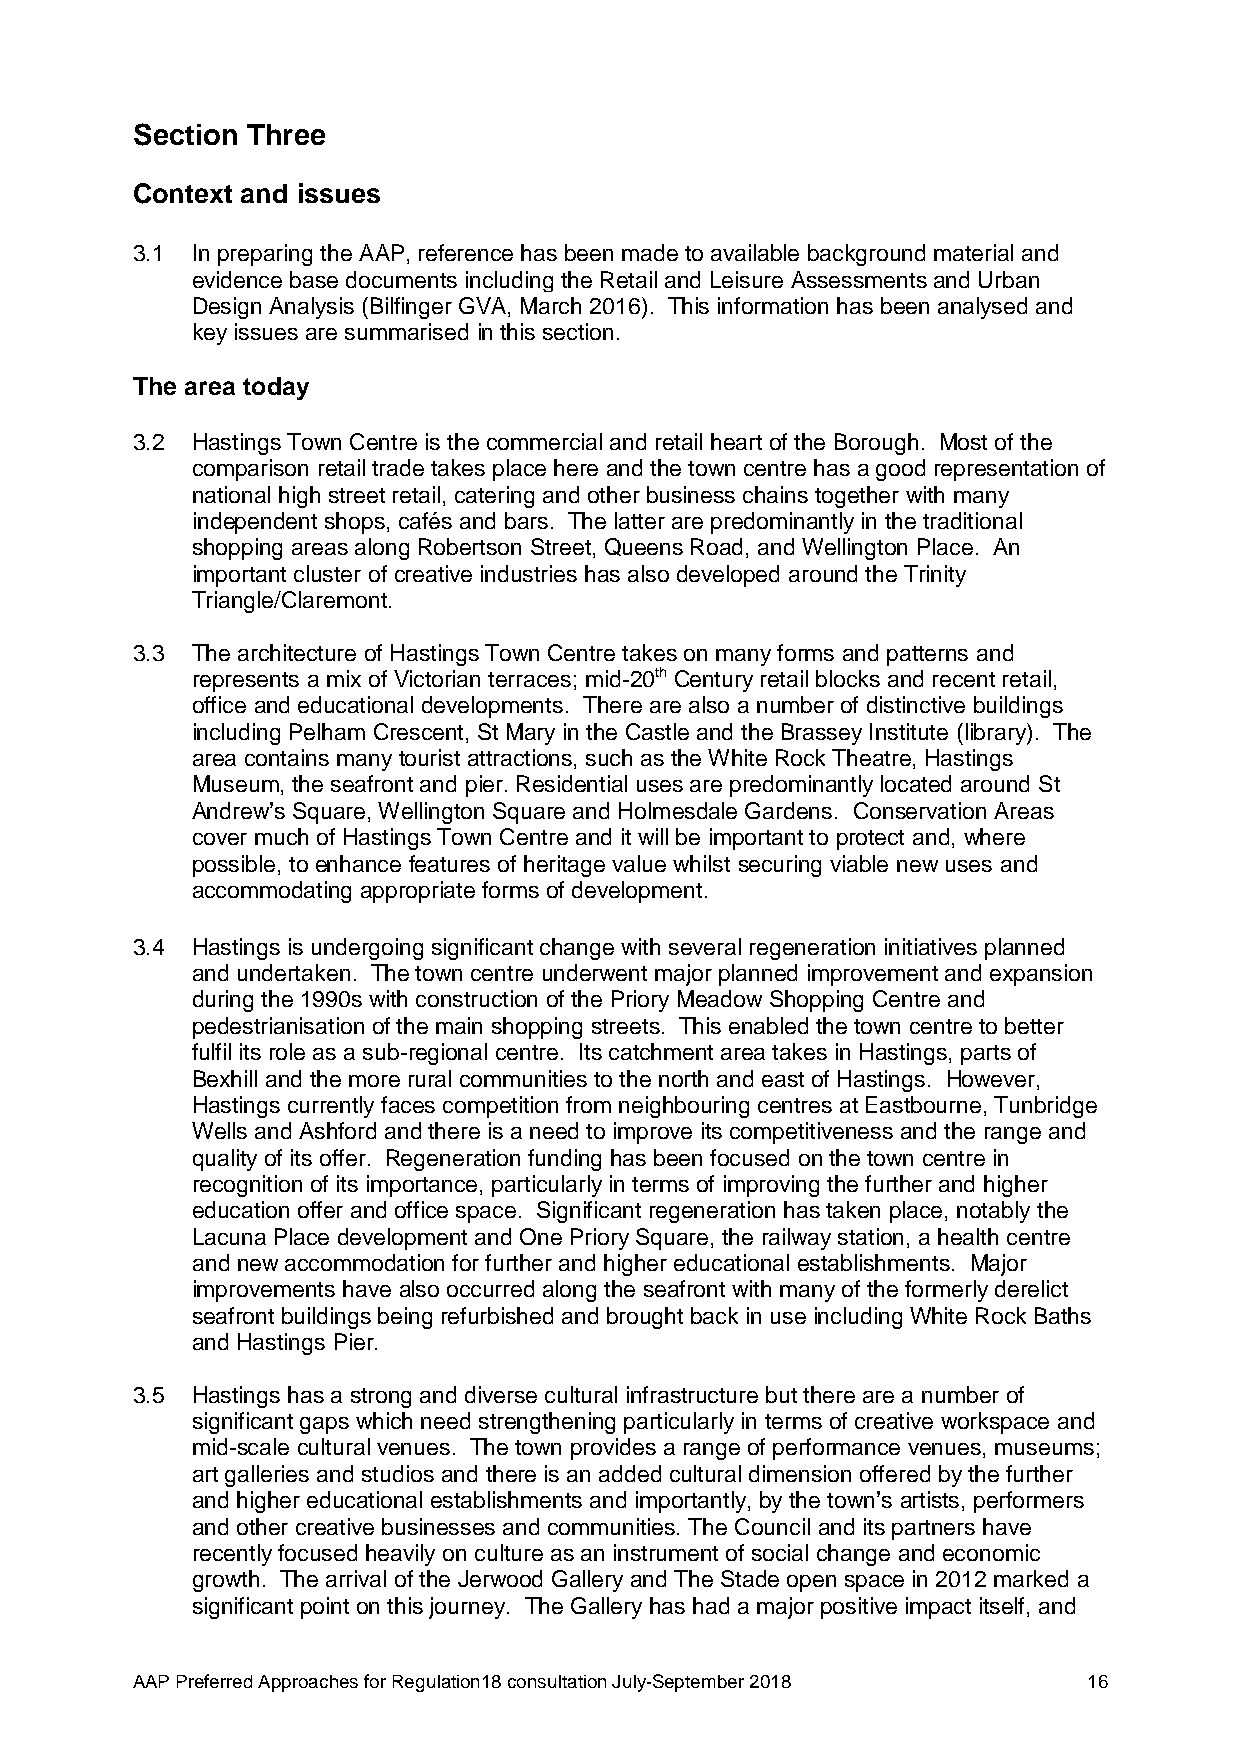
Section Three
 Context and issues
 3.1 In preparing the AAP, reference has been made to available background material and
 evidence base documents including the Retail and Leisure Assessments and Urban
 Design Analysis (Bilfinger GVA, March 2016). This information has been analysed and
 key issues are summarised in this section.
 The area today
 3.2 Hastings Town Centre is the commercial and retail heart of the Borough. Most of the
 comparison retail trade takes place here and the town centre has a good representation of
 national high street retail, catering and other business chains together with many
 independent shops, cafés and bars. The latter are predominantly in the traditional
 shopping areas along Robertson Street, Queens Road, and Wellington Place. An
 important cluster of creative industries has also developed around the Trinity
 Triangle/Claremont.
 3.3 The architecture of Hastings Town Centre takes on many forms and patterns and
 represents a mix of Victorian terraces; mid-20th Century retail blocks and recent retail,
 office and educational developments. There are also a number of distinctive buildings
 including Pelham Crescent, St Mary in the Castle and the Brassey Institute (library). The
 area contains many tourist attractions, such as the White Rock Theatre, Hastings
 Museum, the seafront and pier. Residential uses are predominantly located around St
 Andrew’s Square, Wellington Square and Holmesdale Gardens. Conservation Areas
 cover much of Hastings Town Centre and it will be important to protect and, where
 possible, to enhance features of heritage value whilst securing viable new uses and
 accommodating appropriate forms of development.
 3.4 Hastings is undergoing significant change with several regeneration initiatives planned
 and undertaken. The town centre underwent major planned improvement and expansion
 during the 1990s with construction of the Priory Meadow Shopping Centre and
 pedestrianisation of the main shopping streets. This enabled the town centre to better
 fulfil its role as a sub-regional centre. Its catchment area takes in Hastings, parts of
 Bexhill and the more rural communities to the north and east of Hastings. However,
 Hastings currently faces competition from neighbouring centres at Eastbourne, Tunbridge
 Wells and Ashford and there is a need to improve its competitiveness and the range and
 quality of its offer. Regeneration funding has been focused on the town centre in
 recognition of its importance, particularly in terms of improving the further and higher
 education offer and office space. Significant regeneration has taken place, notably the
 Lacuna Place development and One Priory Square, the railway station, a health centre
 and new accommodation for further and higher educational establishments. Major
 improvements have also occurred along the seafront with many of the formerly derelict
 seafront buildings being refurbished and brought back in use including White Rock Baths
 and Hastings Pier.
 3.5 Hastings has a strong and diverse cultural infrastructure but there are a number of
 significant gaps which need strengthening particularly in terms of creative workspace and
 mid-scale cultural venues. The town provides a range of performance venues, museums;
 art galleries and studios and there is an added cultural dimension offered by the further
 and higher educational establishments and importantly, by the town’s artists, performers
 and other creative businesses and communities. The Council and its partners have
 recently focused heavily on culture as an instrument of social change and economic
 growth. The arrival of the Jerwood Gallery and The Stade open space in 2012 marked a
 significant point on this journey. The Gallery has had a major positive impact itself, and
 AAP Preferred Approaches for Regulation18 consultation July-September 2018 16